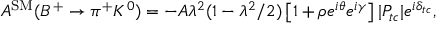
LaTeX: A ^ { \mathrm { S M } } ( B ^ { + } \rightarrow \pi ^ { + } K ^ { 0 } ) = - A \lambda ^ { 2 } ( 1 - \lambda ^ { 2 } / 2 ) \left[ 1 + \rho e ^ { i \theta } e ^ { i \gamma } \right] | P _ { t c } | e ^ { i \delta _ { t c } } ,